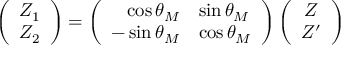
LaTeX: \left( \begin{array} { c } { { Z _ { 1 } } } \\ { { Z _ { 2 } } } \end{array} \right) = \left( \begin{array} { r l } { { \cos \theta _ { M } } } & { { \sin \theta _ { M } } } \\ { { - \sin \theta _ { M } } } & { { \cos \theta _ { M } } } \end{array} \right) \left( \begin{array} { c } { { Z } } \\ { { Z ^ { \prime } } } \end{array} \right)